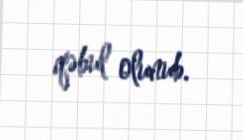
qəbul olunub.